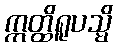
ဣတ္ထိရူပသ္မိ